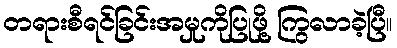
တရားစီရင်ခြင်းအမှုကိုပြုဖို့ ကြွလာခဲ့ပြီ။